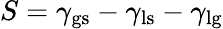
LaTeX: S=\gamma_{\textrm{gs}}-\gamma_{\textrm{ls}}-\gamma_{\textrm{lg}}